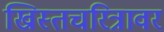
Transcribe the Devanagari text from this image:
ख्रिस्तचरित्रावर